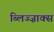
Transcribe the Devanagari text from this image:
ब्लिज्ज़ाक्स